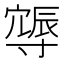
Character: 𨑈